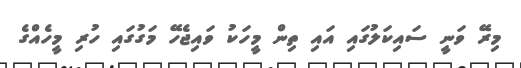
މިރޭ ވަނީ ސައިކަލުގައި އައި ތިން މީހަކު ވައިޖެހޭ މަގުގައި ހުރި މީހެއްގެ